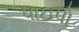
પાઇપો